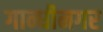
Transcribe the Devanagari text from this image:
गान्धीनगर